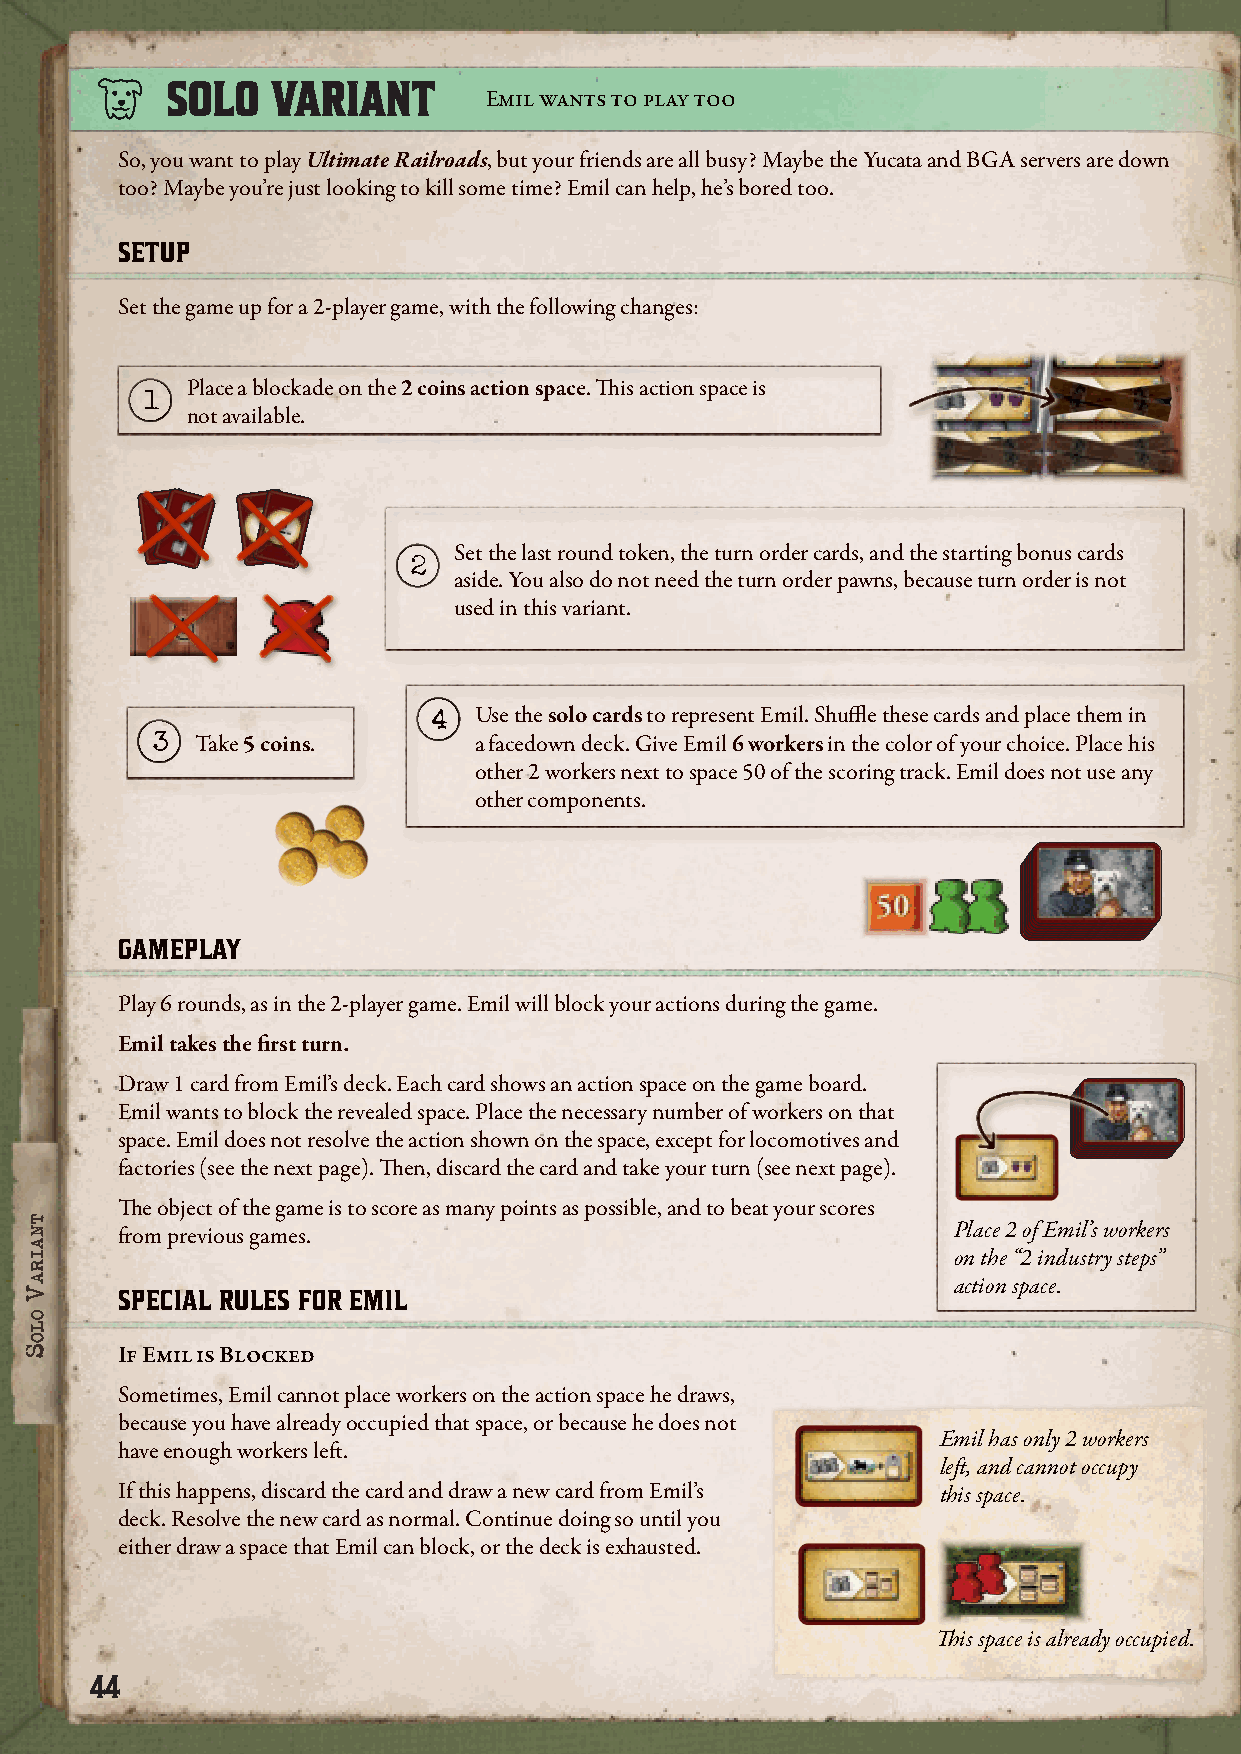
SSOOLLOO VVAARRIIAANNTT
 Emil wants to play too
 So, you want to play Ultimate Railroads, but your friends are all busy? Maybe the Yucata and BGA servers are down
 too? Maybe you’re just looking to kill some time? Emil can help, he’s bored too.
 SETUP
 Set the game up for a 2-player game, with the following changes:
 Place a blockade on the 2 coins action space. This action space is
 1
 not available.
 Set the last round token, the turn order cards, and the starting bonus cards
 2
 aside. You also do not need the turn order pawns, because turn order is not
 used in this variant.
 4 Use the solo cards to represent Emil. Shuffle these cards and place them in
 3  Take 5 coins.     a facedown deck. Give Emil 6 workers in the color of your choice. Place his
 other 2 workers next to space 50 of the scoring track. Emil does not use any
 other components.
 GAMEPLAY
 Play 6 rounds, as in the 2-player game. Emil will block your actions during the game.
 Emil takes the first turn.
 Draw 1 card from Emil’s deck. Each card shows an action space on the game board.
 Emil wants to block the revealed space. Place the necessary number of workers on that
 space. Emil does not resolve the action shown on the space, except for locomotives and
 factories (see the next page). Then, discard the card and take your turn (see next page).
 The object of the game is to score as many points as possible, and to beat your scores
 from previous games.                                   Place 2 of Emil’s workers
 on the “2 industry steps”
 action space.
 SPECIAL RULES FOR EMIL
 If Emil is Blocked
 Sometimes, Emil cannot place workers on the action space he draws,
 because you have already occupied that space, or because he does not
 Emil has only 2 workers
 have enough workers left.
 left, and cannot occupy
 If this happens, discard the card and draw a new card from Emil’s this space.
 deck. Resolve the new card as normal. Continue doing so until you
 either draw a space that Emil can block, or the deck is exhausted.
 This space is already occupied.
 44
 ttnnaaiirraaVV
 oollooSS